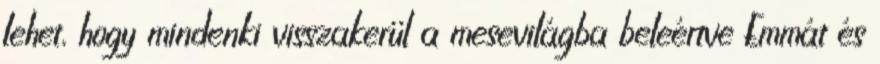
lehet, hogy mindenki visszakerül a mesevilágba beleértve Emmát és